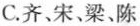
C.齐、宋、梁、陈